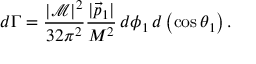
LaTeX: d \Gamma = { \frac { \left| { \mathcal { M } } \right| ^ { 2 } } { 3 2 \pi ^ { 2 } } } { \frac { | { \vec { p } } _ { 1 } | } { M ^ { 2 } } } \, d \phi _ { 1 } \, d \left( \cos \theta _ { 1 } \right) .